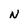
Character: N